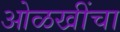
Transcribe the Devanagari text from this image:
ओळखींचा